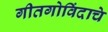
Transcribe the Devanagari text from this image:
गीतगोविंदाचे